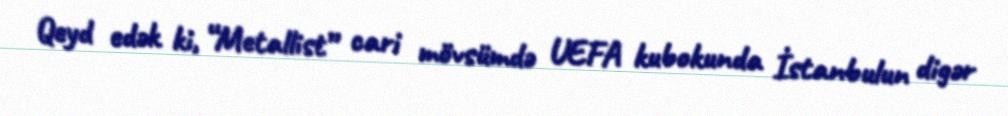
Qeyd edək ki, “Metallist” cari mövsümdə UEFA kubokunda İstanbulun digər